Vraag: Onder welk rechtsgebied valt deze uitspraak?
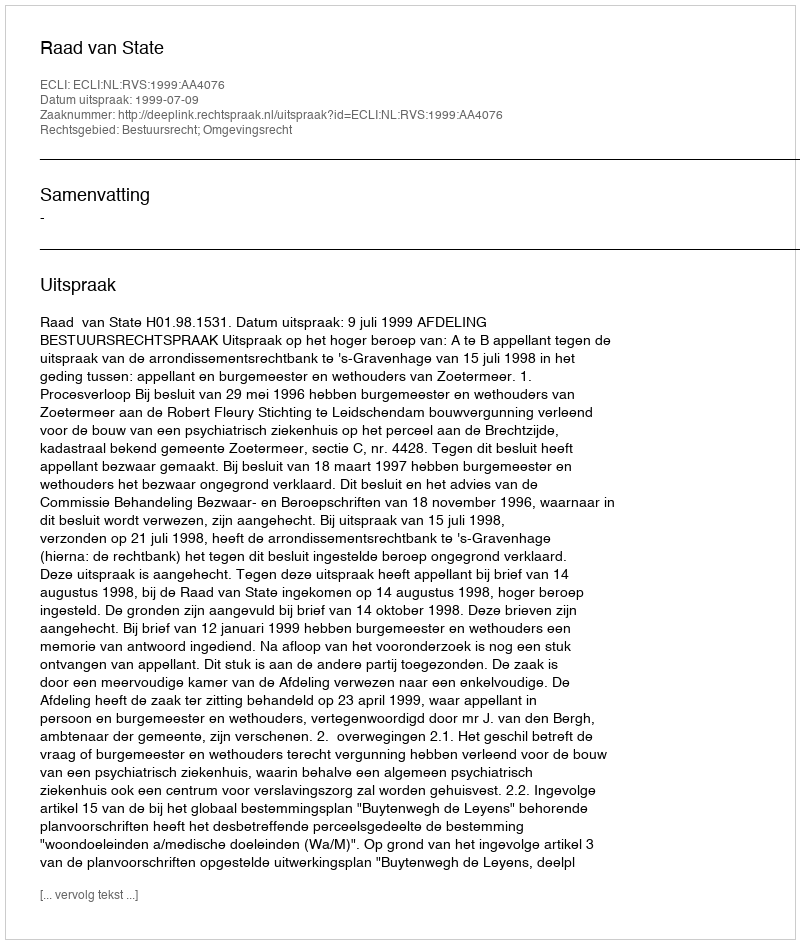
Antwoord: Bestuursrecht; Omgevingsrecht